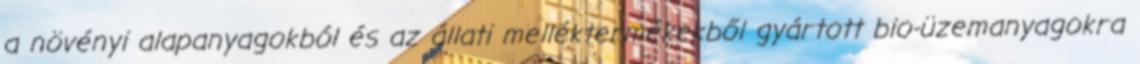
a növényi alapanyagokból és az állati melléktermékekből gyártott bio-üzemanyagokra